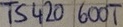
Text: TS420 600T